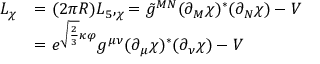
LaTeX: \begin{array} { l l } { { { \cal L } _ { \chi } } } & { { = ( 2 \pi R ) { \cal L } _ { 5 } , _ { \chi } = \tilde { g } ^ { M N } ( \partial _ { M } \chi ) ^ { * } ( \partial _ { N } \chi ) - V } } \\ { { } } & { { = e ^ { \sqrt { \frac 2 3 } \kappa \varphi } g ^ { \mu \nu } ( \partial _ { \mu } \chi ) ^ { * } ( \partial _ { \nu } \chi ) - V } } \end{array}